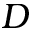
D